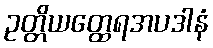
ဥတ္တိယတ္ထေရအပဒါနံ